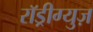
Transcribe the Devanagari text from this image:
राॅड्रीग्युज़